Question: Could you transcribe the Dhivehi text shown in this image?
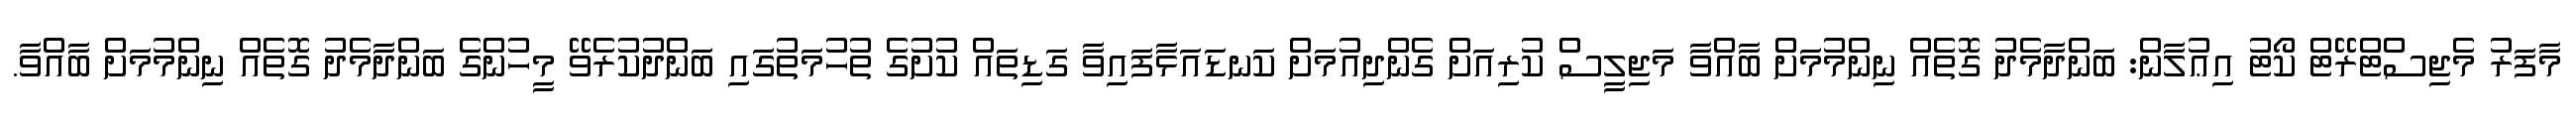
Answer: މާފަރު މެޖިސްޓްރޭޓް ކޯޓު އިޢުލާން: ބަންދާމެދު ގޮތެއް ނިންމުމަށް ބާއްވާ މަޖިލީސް ކުރިއަށް ގެންދިއުމަށް ކަނޑައަޅާފައިވާ ގަޑިތައް ކުށުގެ ތުހުމަތުގައި ބަންދުކުރެވޭ މީހުންގެ ބަންދާމެދު ގޮތެއް ނިންމުމަށް ބާއްވާ.